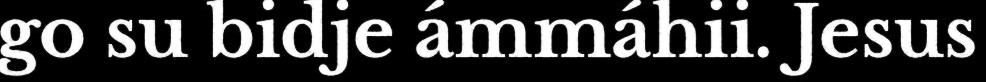
go su bidje ámmáhii. Jesus